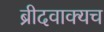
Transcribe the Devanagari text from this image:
ब्रीदवाक्यच